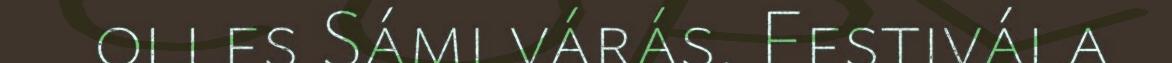
olles Sámi várás. Festivála